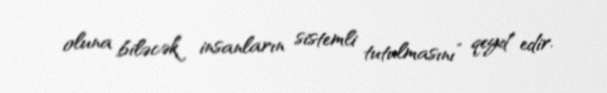
oluna biləcək insanların sistemli tutulmasını” qeyd edir.